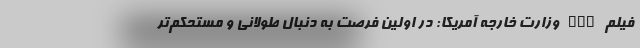
فیلم nan وزارت خارجه آمریکا: در اولین فرصت به دنبال طولانی و مستحکم‌تر